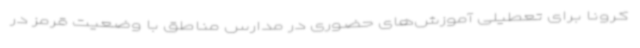
کرونا برای تعطیلی آموزش‌های حضوری در مدارس مناطق با وضعیت قرمز در